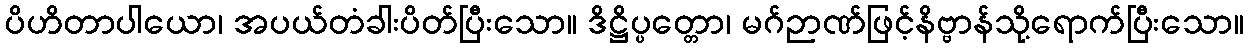
ပိဟိတာပါယော၊ အပယ်တံခါးပိတ်ပြီးသော။ ဒိဋ္ဌိပ္ပတ္တော၊ မဂ်ဉာဏ်ဖြင့်နိဗ္ဗာန်သို့ရောက်ပြီးသော။